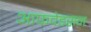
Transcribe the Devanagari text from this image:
आफवेडसन